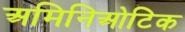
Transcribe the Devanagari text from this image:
अमिनिओटिक